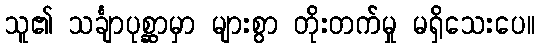
သူ၏ သင်္ချာပုစ္ဆာမှာ များစွာ တိုးတက်မှု မရှိသေးပေ။